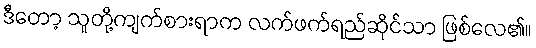
ဒီတော့ သူတို့ကျက်စားရာက လက်ဖက်ရည်ဆိုင်သာ ဖြစ်လေ၏။